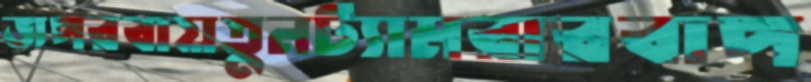
জপরবায়তুনট্যামরারবাপ